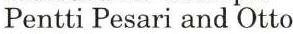
Pentti Pesari and Otto